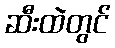
ဆီးထဲတွင်